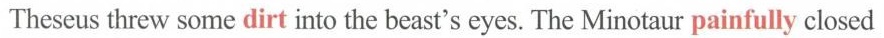
Theseus threw some dirt into the beast's eyes. The Minotaur painfully closed